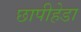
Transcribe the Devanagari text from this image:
छापीहेडा